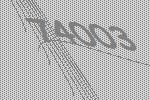
74003